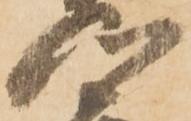
心